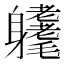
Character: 𨊜